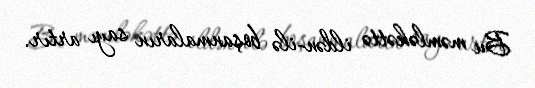
Bu məmləkəttə ildən-ilə boşanmaların sayı artır.